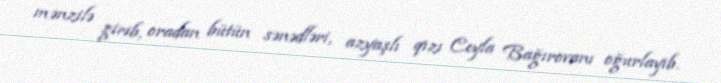
mənzilə girib, oradan bütün sənədləri, azyaşlı qızı Ceyla Bağırovanı oğurlayıb.